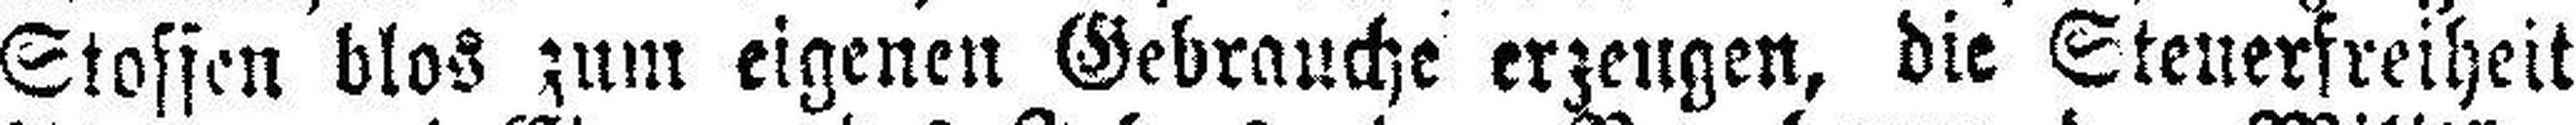
Stoffen blos zum eigenen Gebrauche erzeugen, die Steuerfreiheit